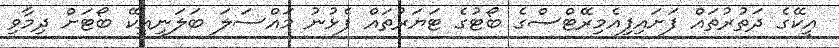
އީކޭގެ ދަތުރުތައް ފަށައިފިއެމިރޭޓްސްގެ ބޯޓުގެ ޓަޔަރުތައް ފެޅުނު މައްސަލަ ބަލަނީއީކޭ ބޯޓަށް ދިމާވި